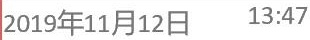
2019年11月12日 13:47